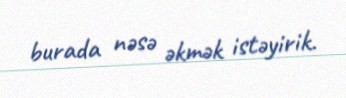
burada nəsə əkmək istəyirik.